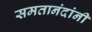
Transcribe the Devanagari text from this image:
समतानंदांनी